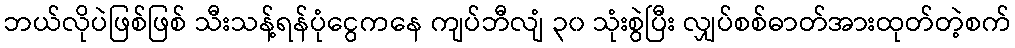
ဘယ်လိုပဲဖြစ်ဖြစ် သီးသန့်ရန်ပုံငွေကနေ ကျပ်ဘီလျံ ၃၀ သုံးစွဲပြီး လျှပ်စစ်ဓာတ်အားထုတ်တဲ့စက်